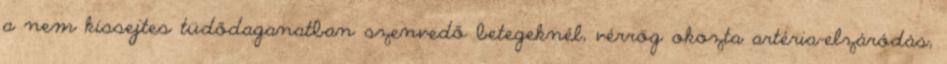
a nem kissejtes tüdődaganatban szenvedő betegeknél, vérrög okozta artéria-elzáródás,